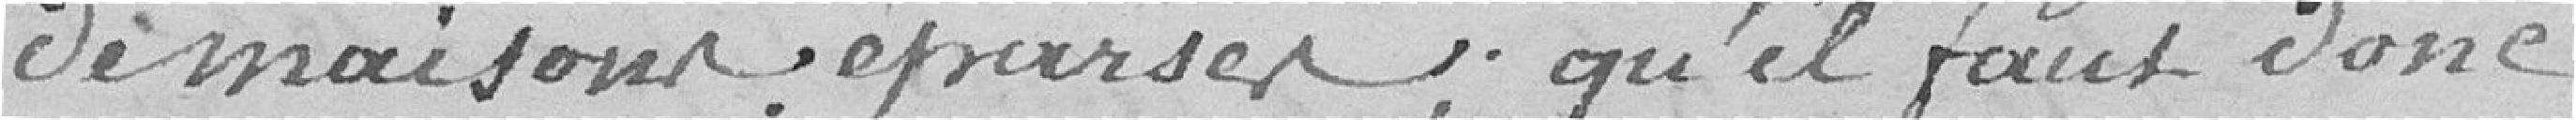
de maisons éparses, qu'il faut donc